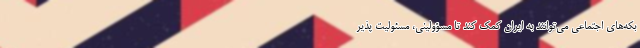
بکه‌های اجتماعی می‌توانند به ایران کمک کند تا مسؤولینی، مسئولیت پذیر